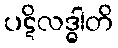
ပဋိလဒ္ဓါတိ